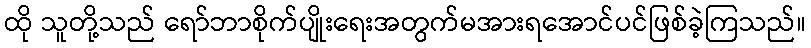
ထို သူတို့သည် ရော်ဘာစိုက်ပျိုးရေးအတွက်မအားရအောင်ပင်ဖြစ်ခဲ့ကြသည်။